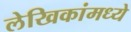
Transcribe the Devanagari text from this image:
लेखिकांमध्ये